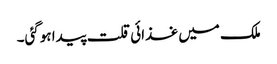
ملک میں غذائی قلت پیدا ہوگئی۔